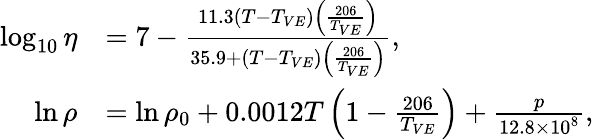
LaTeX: \begin{array}{rl}{\log_{10}\eta}&{=7-\frac{11.3\left(T-T_{VE}\right)\left(\frac{206}{T_{VE}}\right)}{35.9+\left(T-T_{VE}\right)\left(\frac{206}{T_{VE}}\right)},}\\ {\ln\rho}&{=\ln\rho_{0}+0.0012T\left(1-\frac{206}{T_{VE}}\right)+\frac{p}{12.8\times 10^{8}},}\end{array}